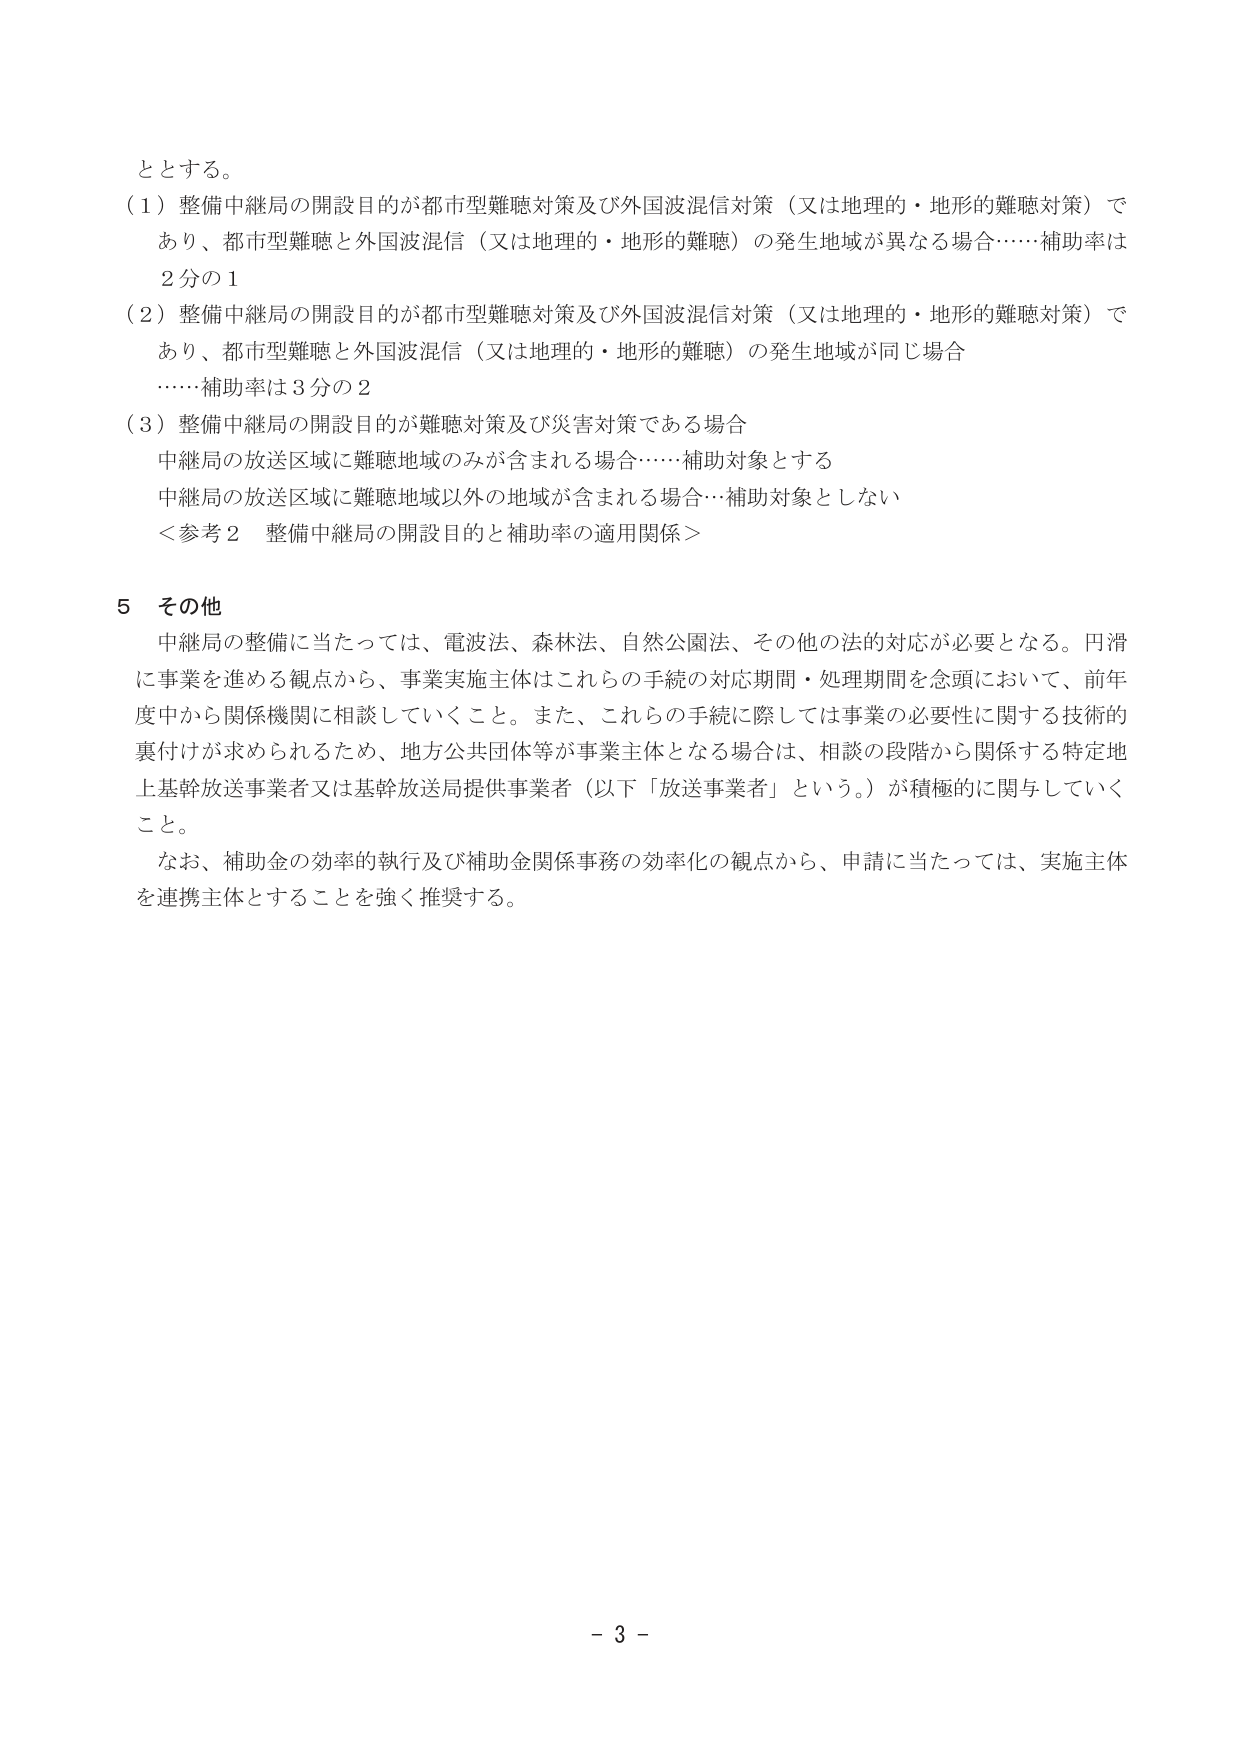
ととする。

（１）整備中継局の開設目的が都市型難聴対策及び外国波混信対策（又は地理的・地形的難聴対策）であり、都市型難聴と外国波混信（又は地理的・地形的難聴）の発生地域が異なる場合……補助率は２分の１

（２）整備中継局の開設目的が都市型難聴対策及び外国波混信対策（又は地理的・地形的難聴対策）であり、都市型難聴と外国波混信（又は地理的・地形的難聴）の発生地域が同じ場合……補助率は３分の２

（３）整備中継局の開設目的が難聴対策及び災害対策である場合
中継局の放送区域に難聴地域のみが含まれる場合……補助対象とする
中継局の放送区域に難聴地域以外の地域が含まれる場合…補助対象としない
＜参考２ 整備中継局の開設目的と補助率の適用関係＞

５ その他
中継局の整備に当たっては、電波法、森林法、自然公園法、その他の法的対応が必要となる。円滑に事業を進める観点から、事業実施主体はこれらの手続の対応期間・処理期間を念頭において、前年度中から関係機関に相談していくこと。また、これらの手続に際しては事業の必要性に関する技術的裏付けが求められるため、地方公共団体等が事業主体となる場合は、相談の段階から関係する特定地上基幹放送事業者又は基幹放送局提供事業者（以下「放送事業者」という。）が積極的に関与していくこと。

なお、補助金の効率的執行及び補助金関係事務の効率化の観点から、申請に当たっては、実施主体を連携主体とすることを強く推奨する。

－ 3 －